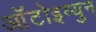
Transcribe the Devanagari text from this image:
आॅटोइम्युन